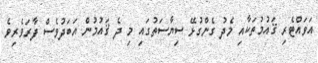
އަވައްޓެރި ޤައުމުތަކާއި މެދު ގެންގުޅޭ ސިޔާސަތުގައި މި ދެ ޤައުމުން އަބަދުވެސް ފާރަވެރިވެ